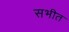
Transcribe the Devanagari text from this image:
सभीत